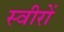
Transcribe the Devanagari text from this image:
स्वीरों